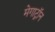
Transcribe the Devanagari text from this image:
मेगाट्रॉन